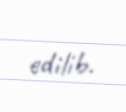
edilib.